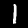
Label: 1